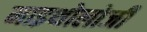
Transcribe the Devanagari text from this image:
माइथोलोजी